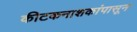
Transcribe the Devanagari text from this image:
कीटकनाशकांपासून